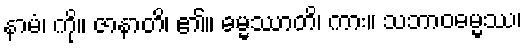
နာမံ၊ ကို။ ဇာနာတိ၊ ၏။ ဓမ္မဿာတိ၊ ကား။ သဘာဝဓမ္မဿ၊